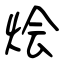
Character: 烩